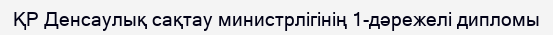
ҚР Денсаулық сақтау министрлігінің 1-дәрежелі дипломы